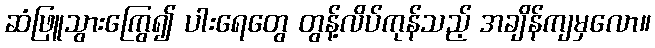
ဆံဖြူသွားကြွေ၍ ပါးရေတွေ တွန့်လိပ်ကုန်သည့် အချိန်ကျမှလော။